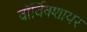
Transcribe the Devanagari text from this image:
वाॅर्विक्शायर